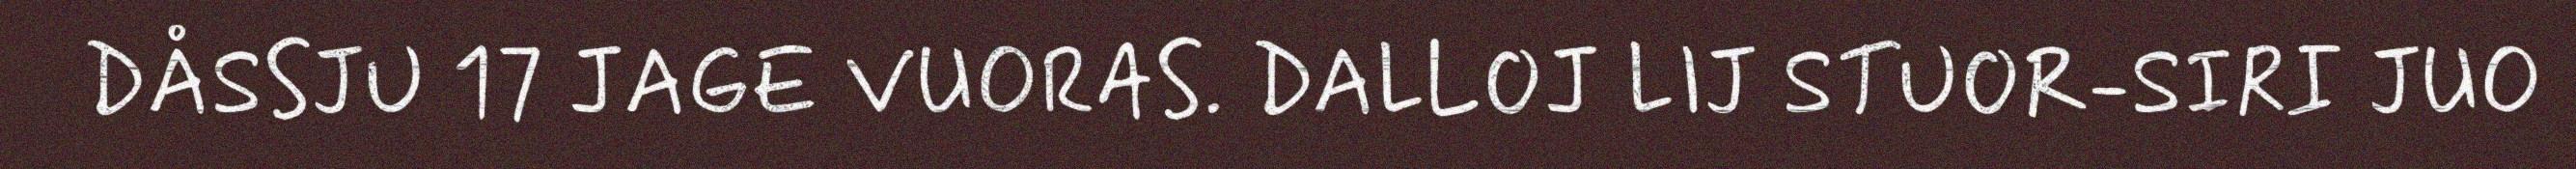
DÅSSJU 17 JAGE VUORAS. DALLOJ LIJ STUOR-SIRI JUO